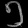
Digit: ၅